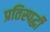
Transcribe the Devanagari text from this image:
प्रतिस्‍पर्द्धी